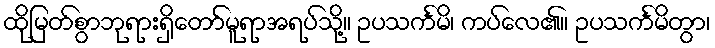
ထိုမြတ်စွာဘုရားရှိတော်မူရာအရပ်သို့။ ဥပသင်္ကမိ၊ ကပ်လေ၏။ ဥပသင်္ကမိတွာ၊